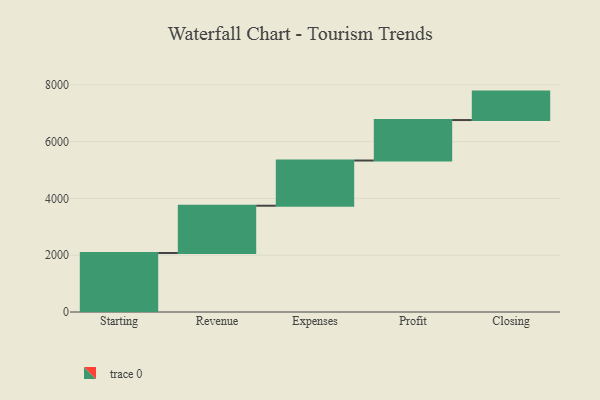
{"axis": {"x": "Step", "y": "Value"}, "legend": [""], "data": [{"x": "Starting", "y": 2078.0, "type": ""}, {"x": "Revenue", "y": 1665.0, "type": ""}, {"x": "Expenses", "y": 1592.0, "type": ""}, {"x": "Profit", "y": 1425.0, "type": ""}, {"x": "Closing", "y": 1002.0, "type": ""}]}